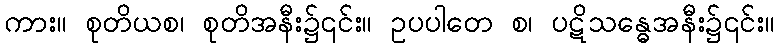
ကား။ စုတိယစ၊ စုတိအနီး၌၎င်း။ ဥပပါတေ စ၊ ပဋိသန္ဓေအနီး၌၎င်း။